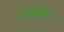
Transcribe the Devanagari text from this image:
है।क्वीन